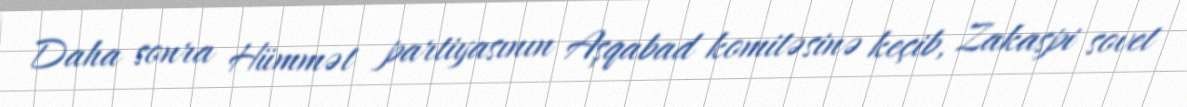
Daha sonra Hümmət partiyasının Aşqabad komitəsinə keçib, Zakaspi sovet